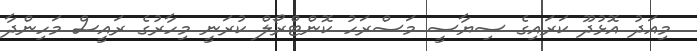
މިއަދު އޮޅުދޫ ކަރައިގެ ސިޔާސީ މަސްރަހު ކޮންޓްރޯލް ކުރަނީ މިހާރުގެ ރައީސް މަހިންދާ